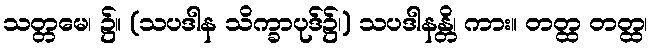
သတ္တမေ၊ ၌။ (သပဒါန သိက္ခာပုဒ်၌၊) သပဒါနန္တိ၊ ကား။ တတ္ထ တတ္ထ၊